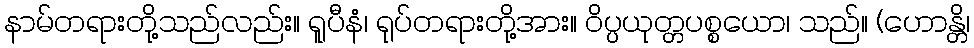
နာမ်တရားတို့သည်လည်း။ ရူပီနံ၊ ရုပ်တရားတို့အား။ ဝိပ္ပယုတ္တပစ္စယော၊ သည်။ (ဟောန္တိ၊